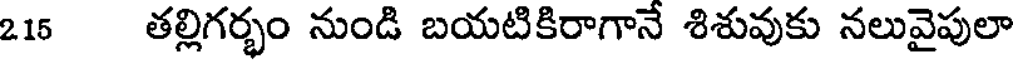
215 తల్లిగర్భం నుండి బయటికిరాగానే శిశువుకు నలువైపులా